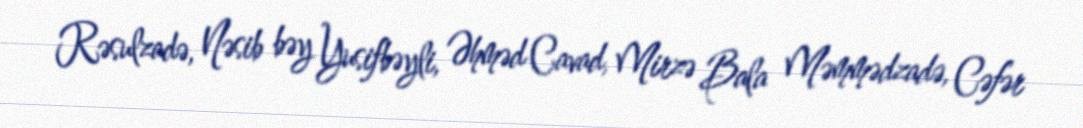
Rəsulzadə, Nəsib bəy Yusifbəyli, Əhməd Cavad, Mirzə Bala Məmmədzadə, Cəfər